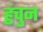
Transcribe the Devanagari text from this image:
हुंचुन